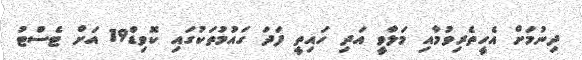
ދިނުމަށް އެހީތެރިވުމާއި މަލާވީ އަދި ހައިތީ ފަދަ ގައުމުތަކުގައި ކޮވިޑް19 އަށް ޓެސްޓު